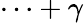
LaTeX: \cdots+\gamma